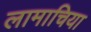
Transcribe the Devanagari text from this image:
लामाचिया